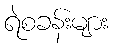
ရဲစခန်းများ